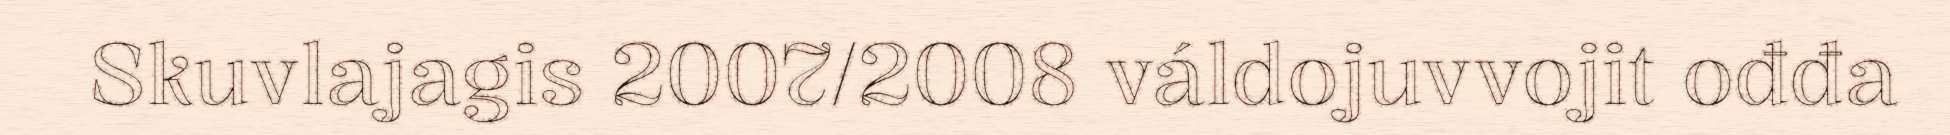
Skuvlajagis 2007/2008 váldojuvvojit ođđa